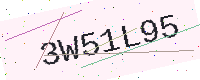
Text: 3W51L95